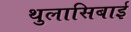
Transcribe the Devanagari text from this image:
थुलासिबाई